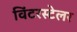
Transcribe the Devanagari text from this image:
विंटरस्टेलर